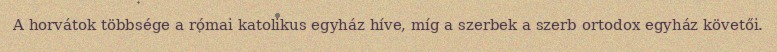
A horvátok többsége a római katolikus egyház híve, míg a szerbek a szerb ortodox egyház követői.